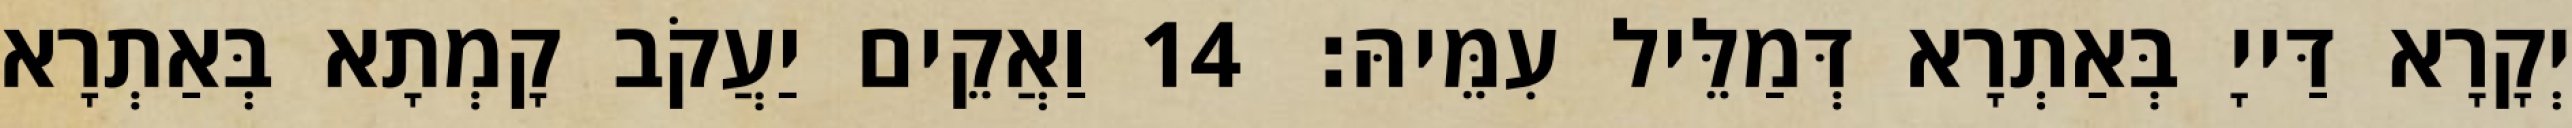
יְקָרָא דַּייָ בְּאַתְרָא דְּמַלֵּיל עִמֵּיהּ׃ 14 וַאֲקֵים יַעֲקֹב קָמְתָא בְּאַתְרָא